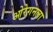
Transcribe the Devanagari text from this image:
ओरेगनला